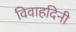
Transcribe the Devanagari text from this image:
विवाहदिनी